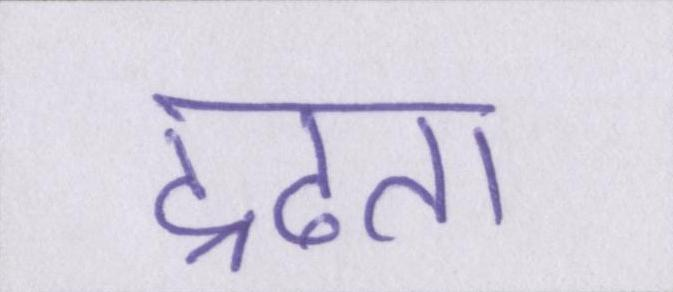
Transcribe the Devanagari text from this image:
द्रढता